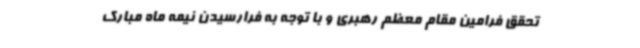
تحقق فرامین مقام معظم رهبری و با توجه به فرارسیدن نیمه ماه مبارک